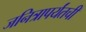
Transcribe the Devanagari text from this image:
जनित्रापर्यंतची